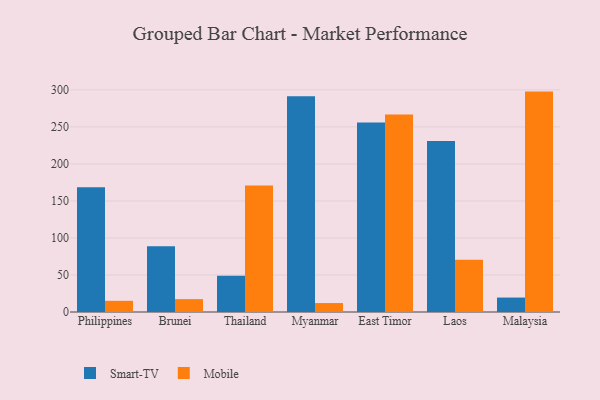
{"axis": {"x": "Country", "y": "Headcount"}, "legend": ["Mobile", "Smart-TV"], "data": [{"x": "Philippines", "y": 168.6, "type": "Smart-TV"}, {"x": "Philippines", "y": 15.1, "type": "Mobile"}, {"x": "Brunei", "y": 88.7, "type": "Smart-TV"}, {"x": "Brunei", "y": 17.4, "type": "Mobile"}, {"x": "Thailand", "y": 48.9, "type": "Smart-TV"}, {"x": "Thailand", "y": 171.0, "type": "Mobile"}, {"x": "Myanmar", "y": 291.4, "type": "Smart-TV"}, {"x": "Myanmar", "y": 12.1, "type": "Mobile"}, {"x": "East Timor", "y": 256.1, "type": "Smart-TV"}, {"x": "East Timor", "y": 266.6, "type": "Mobile"}, {"x": "Laos", "y": 231.0, "type": "Smart-TV"}, {"x": "Laos", "y": 70.7, "type": "Mobile"}, {"x": "Malaysia", "y": 19.5, "type": "Smart-TV"}, {"x": "Malaysia", "y": 297.7, "type": "Mobile"}]}